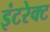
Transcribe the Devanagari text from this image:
इंटरेक्ट